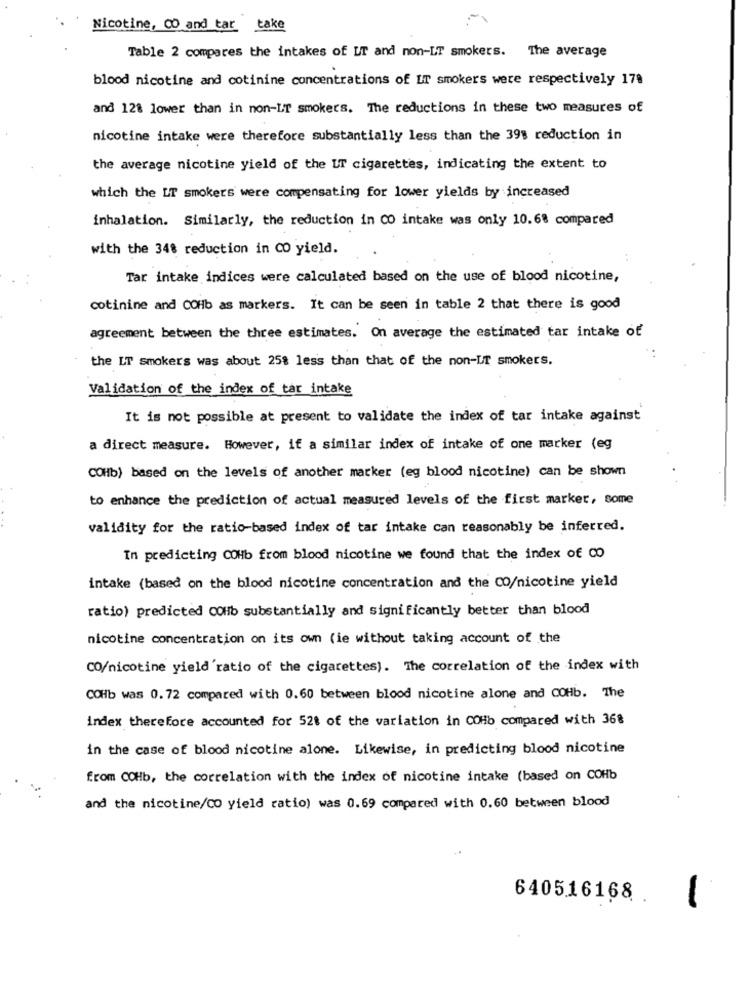
Nicotine, 00 and tar take
Table 2 compares the intakes of UT and non-LT smokers. The average
blood nicotine and cotinine concentrations of LT smokers were respectively 178
and 12% lower than in non-LT smokers. The reductions in these two measures of
nicotine intake were therefore substantially less than the 39% reduction in
the average nicotine yield of the LT cigarettes, indicating the extent to
which the LT smokers were compensating for lower yields by increased
inhalation. Similarly, the reduction in CO intake was only 10.68 compared
with the 348 reduction in CO yield.
Tar intake indices were calculated based on the use of blood nicotine,
cotinine and COHb as markers. It can be seen in table 2 that there is good
agreement between the three estimates. On average the estimated tar intake of
the LT smokers was about 258 less than that of the non-UT smokers.
Validation of the index of tar intake
It is not possible at present to validate the index of tar intake against
a direct measure. However, if a similar index of intake of one marker (eg
COHb) based on the levels of another marker (eg blood nicotine) can be shown
to enhance the prediction of actual measured levels of the first marker, some
validity for the ratio-based index of tar intake can reasonably be inferred.
In predicting COHb from blood nicotine we found that the index of CO
intake (based on the blood nicotine concentration and the CO/nicotine yield
ratio) predicted COHb substantially and significantly better than blood
nicotine concentration on its own (ie without taking account of the
CO/nicotine yield 'ratio of the cigarettes). The correlation of the index with
COHb was 0. 72 compared with 0.60 between blood nicotine alone and COHb. The
index therefore accounted for 521 of the variation in COHb compared with 368
in the case of blood nicotine alone. Likewise, in predicting blood nicotine
from COHb, the correlation with the index of nicotine intake (based on COHb
and the nicotine/CO yield ratio) was 0.69 compared with 0.60 between blood
640516168
-